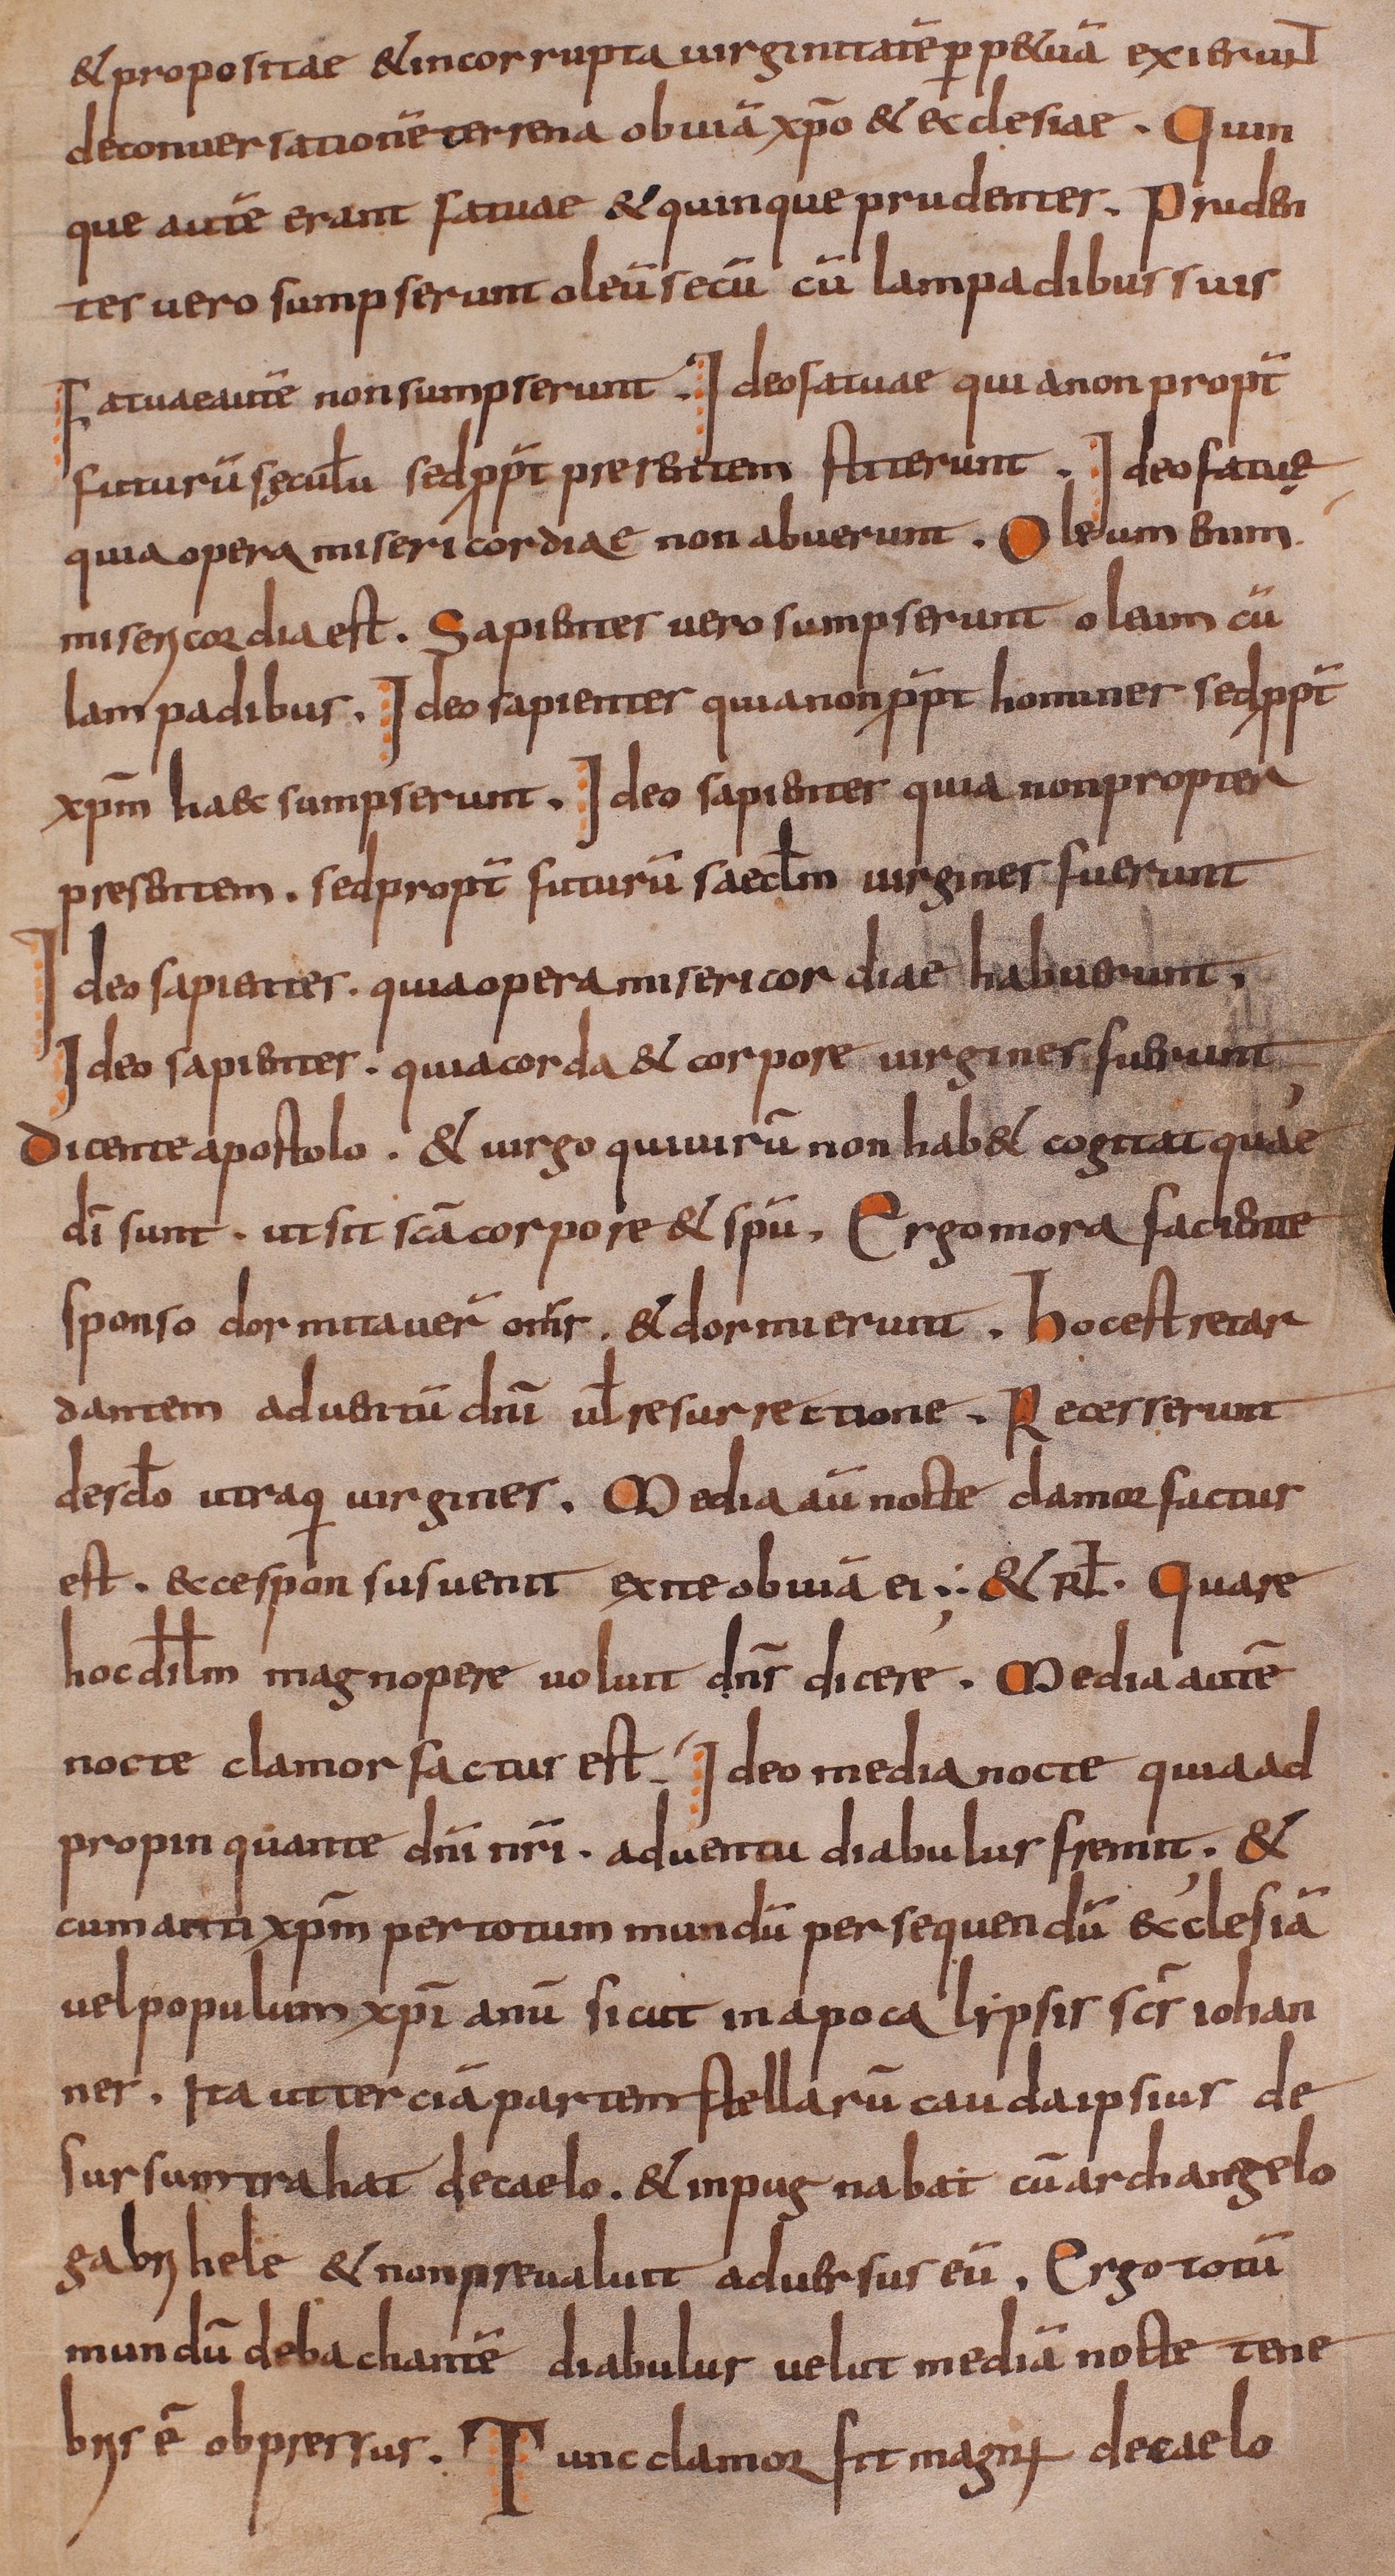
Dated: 800–849